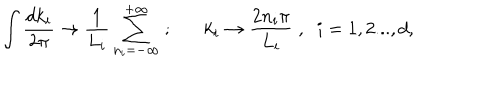
LaTeX: \int \frac { d k _ { i } } { 2 \pi } \rightarrow \frac { 1 } { L _ { i } } \sum _ { n _ { i } = - \infty } ^ { + \infty } \; ; k _ { i } \rightarrow \frac { 2 n _ { i } \pi } { L _ { i } } \; , \; \; i = 1 , 2 . . . , d ,